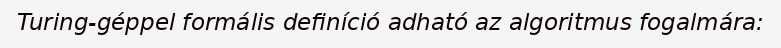
Turing-géppel formális definíció adható az algoritmus fogalmára: